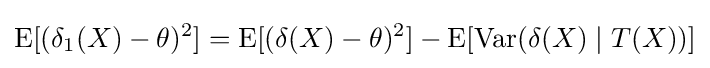
\operatorname {E} [(\delta _{1}(X)-\theta )^{2}]=\operatorname {E} [(\delta (X)-\theta )^{2}]-\operatorname {E} [\operatorname {Var} (\delta (X)\mid T(X))]